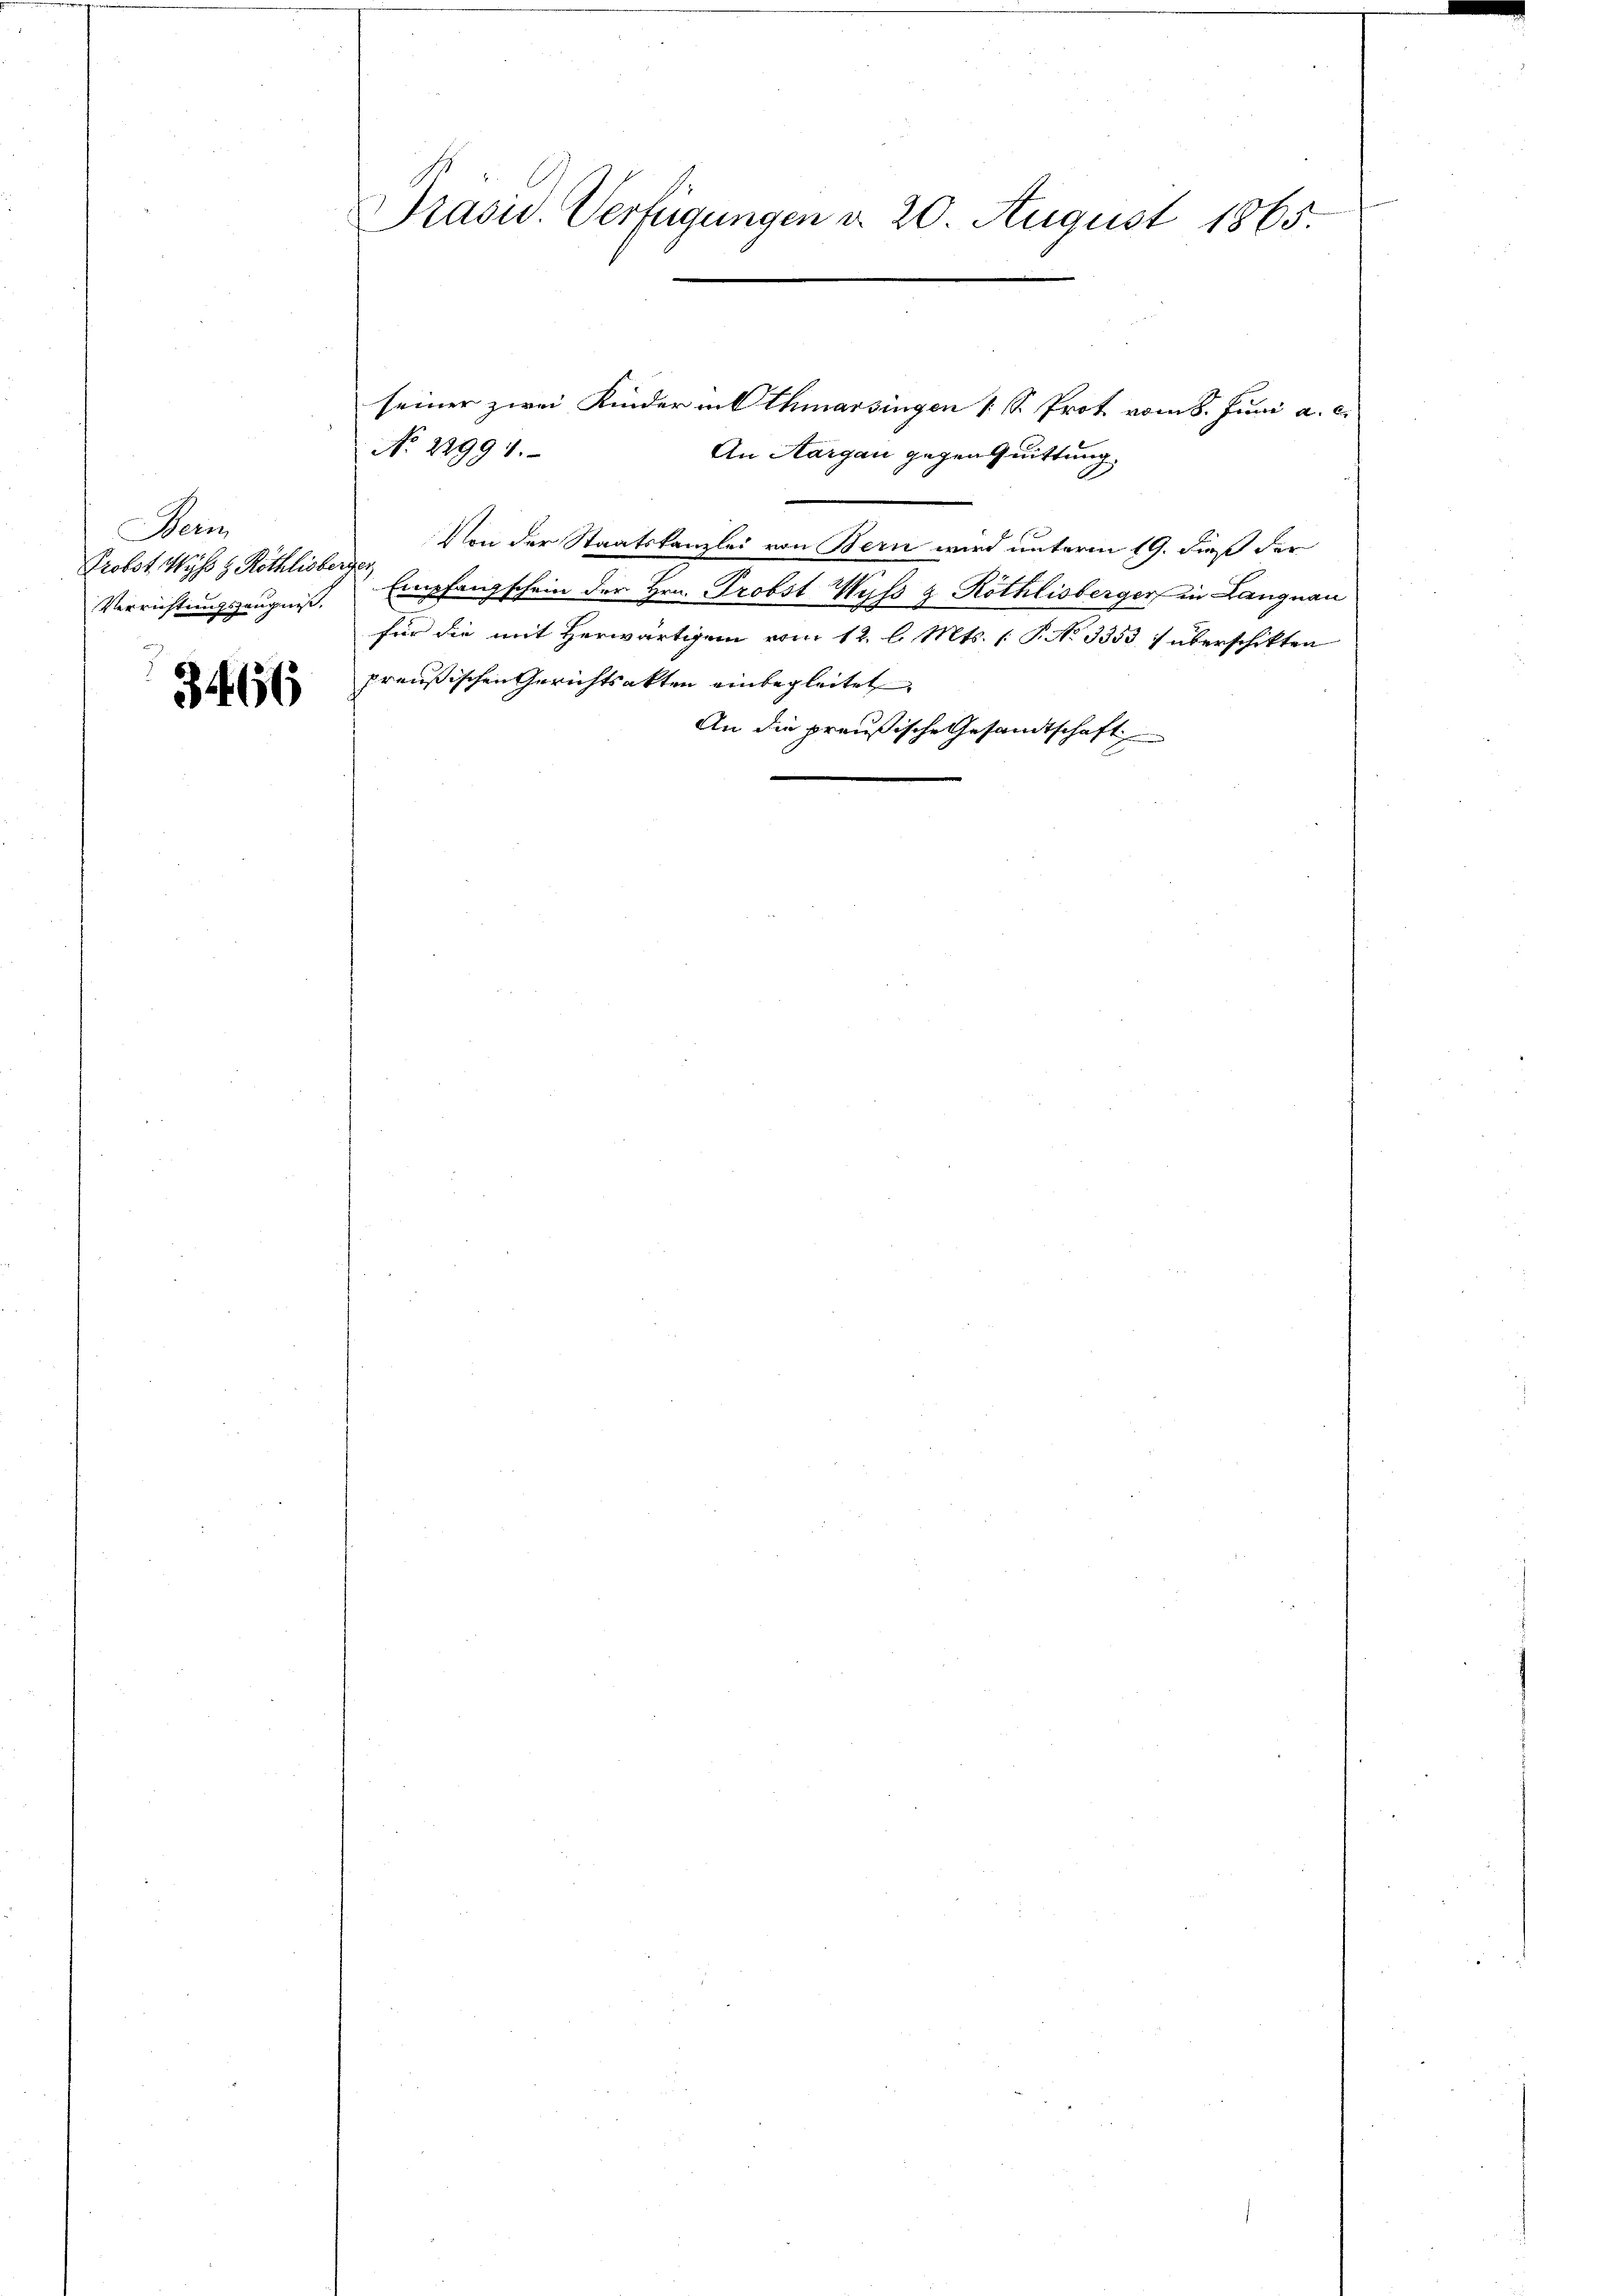
Hein
Probst. Wyss z. Röthlisberger

3466

Präsid. Verfügungen d. 20. August 1865.

No. 22994.

seiner zwei Kinder in Othmarsingen (S. Prot vom 8. Juni a. c.
An Aargau gegen Quittung
Von der Staatskanzlei von Bern wird unterm 19. dieß der
Verrichtungszeugniß. Empfangschein der Hrn. Probst Wyss & Röthlisberger in Langnau
für die mit Herwärtigen vom 12. l. Mts. [ P. No 3353 / überschikten
preußischen Gerichtsakten einbegleitet
An die preußische Gesamtschaft